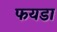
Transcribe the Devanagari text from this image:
फयडा